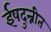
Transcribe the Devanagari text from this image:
ईषदुन्नीत